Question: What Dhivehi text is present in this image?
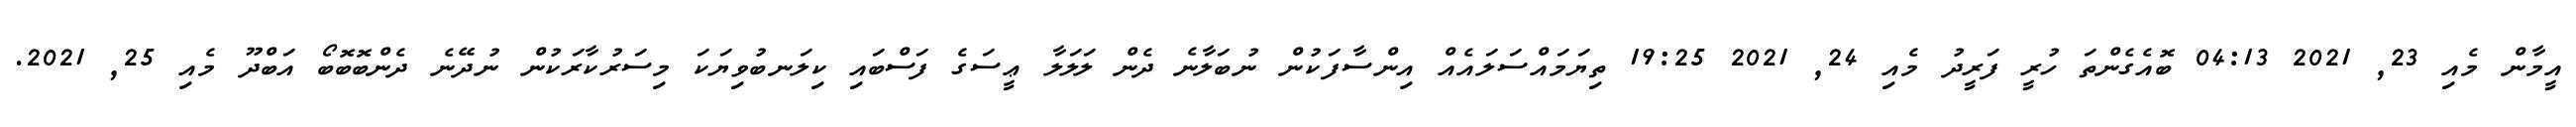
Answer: އީމާން މެއި 23, 2021 04:13 ބޮއެގެންތަ ހުރީ ފަރީދު މެއި 24, 2021 19:25 ތިޔަމައްސަލައެއް އިންސާފަކުން ނުބަލާނެ ދެން ލަލަލާ ޢީސަގެ ފަސްބައި ކިލަނބުވިޔަކަ މިސަރުކާރަކުން ނުދޭނެ ދެންބޮބޮބޯ އަބްދޫ މެއި 25, 2021.